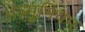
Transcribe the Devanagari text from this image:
अल्‍मुनियम